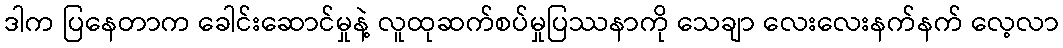
ဒါက ပြနေတာက ခေါင်းဆောင်မှုနဲ့ လူထုဆက်စပ်မှုပြဿနာကို သေချာ လေးလေးနက်နက် လေ့လာ